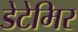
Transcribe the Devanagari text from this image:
डेटेमिर